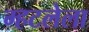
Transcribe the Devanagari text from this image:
म्हटलेला